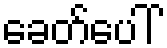
ခေတ်ပေါ်